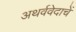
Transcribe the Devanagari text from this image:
अथर्ववेदाचें